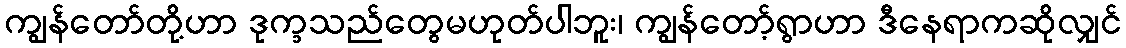
ကျွန်တော်တို့ဟာ ဒုက္ခသည်တွေမဟုတ်ပါဘူး၊ ကျွန်တော့်ရွာဟာ ဒီနေရာကဆိုလျှင်